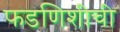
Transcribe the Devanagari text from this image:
फडणिशीची